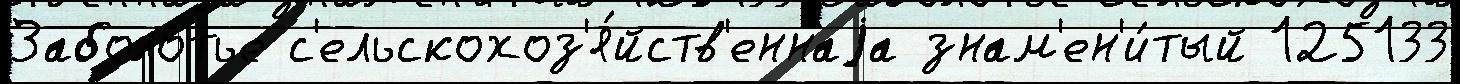
Заболотье с'ельскохоз'я́йств'еннаjа знам'ен'и́тый 125133